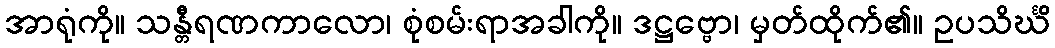
အာရုံကို။ သန္တီရဏကာလော၊ စုံစမ်းရာအခါကို။ ဒဋ္ဌဗ္ဗော၊ မှတ်ထိုက်၏။ ဥပသိင်္ဃိ